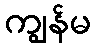
ကျွန်မ